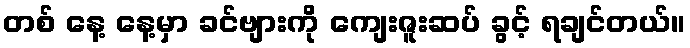
တစ် နေ့ နေ့မှာ ခင်ဗျားကို ကျေးဇူးဆပ် ခွင့် ရချင်တယ်။